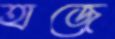
হাজে